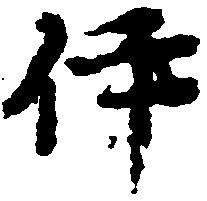
伊